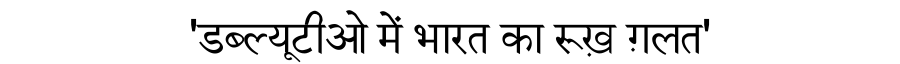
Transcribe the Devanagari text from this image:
'डब्ल्यूटीओ में भारत का रूख़ ग़लत'